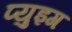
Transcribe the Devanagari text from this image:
प्युइग